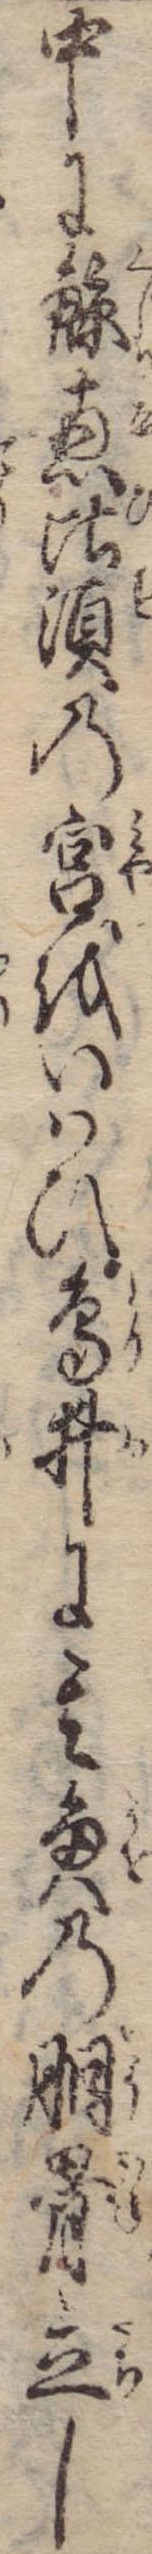
中に鯨恵比須の宮をいはひ鳥井に其魚の胴骨立し